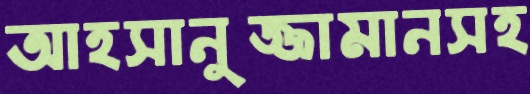
আহসানুজ্জামানসহ